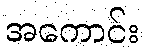
အကောင်း